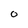
Character: 0